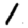
Digit: 1